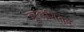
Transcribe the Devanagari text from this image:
दूरदर्शित्व